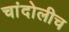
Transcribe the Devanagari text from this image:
चांदोलीच